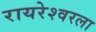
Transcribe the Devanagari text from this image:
रायरेश्वरला